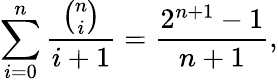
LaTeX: \sum_{i=0}^{n}{\frac{\binom{n}{i}}{i+1}}={\frac{2^{n+1}-1}{n+1}},